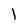
Character: 1